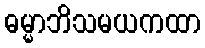
ဓမ္မာဘိသမယကထာ